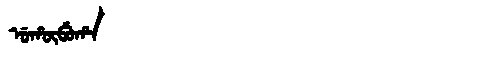
Manchu: ᡠᡥᡡᠪᡠᡥᠠ
Romanization: UHŪBUHA